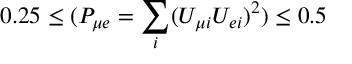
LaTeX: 0 . 2 5 \le ( P _ { \mu e } = \sum _ { i } ( U _ { \mu i } U _ { e i } ) ^ { 2 } ) \le 0 . 5